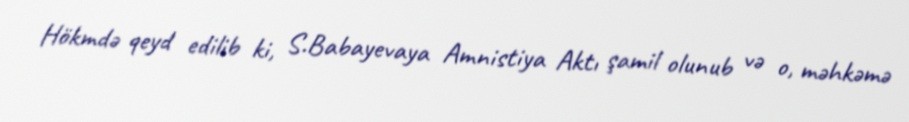
Hökmdə qeyd edilib ki, S.Babayevaya Amnistiya Aktı şamil olunub və o, məhkəmə